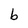
Character: b